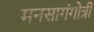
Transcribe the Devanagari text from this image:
मनसागंगोत्री